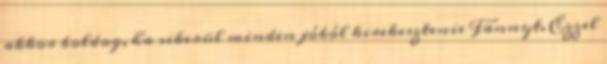
akkor boldog, ha sikerül minden jóból kirekesztenie Fannyt. Ezzel